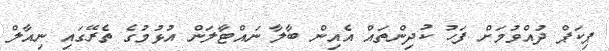
ޕިކަޕް ދުއްވުމަށް ފަހު ކުދިންތައް އެއިން ބާލާ ނައްޓާލަން އުޅުމުގެ ތެރޭގައި ނިއާލް